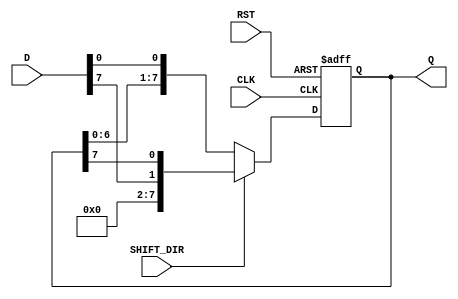
module shift_register #(
    parameter N = 8 // Width of the shift register
)(
    input wire [N-1:0] D,       // Data input
    input wire CLK,             // Clock signal
    input wire RST,             // Reset signal
    input wire SHIFT_DIR,       // Shift direction: 0 for left, 1 for right
    output reg [N-1:0] Q        // Data output
);

    // Asynchronous reset and shifting behavior
    always @(posedge CLK or posedge RST) begin
        if (RST) begin
            Q <= {N{1'b0}}; // Reset the shift register to 0
        end else begin
            if (SHIFT_DIR) begin
                // Right shift
                Q <= {D[N-1], Q[N-1:N-1]}; // Load D into MSB and shift right
            end else begin
                // Left shift
                Q <= {Q[N-2:0], D[0]}; // Shift left and load D into LSB
            end
        end
    end

endmodule